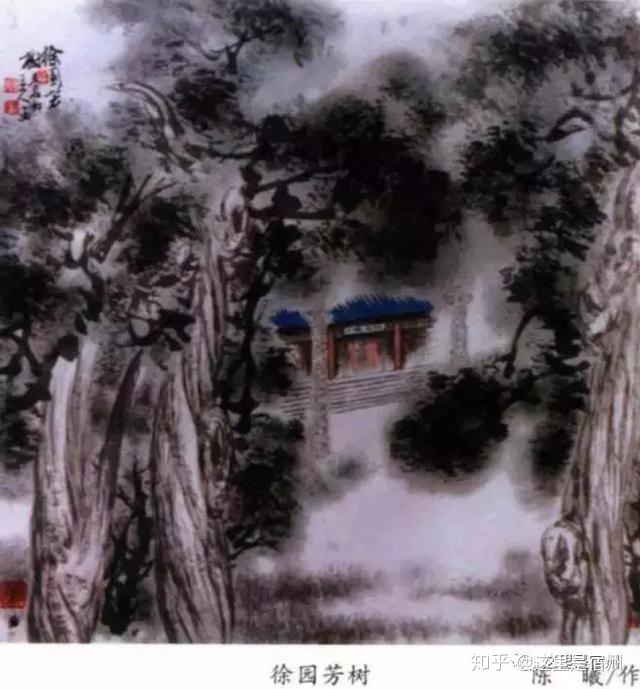
驻马桥西，还系旧时芳树。